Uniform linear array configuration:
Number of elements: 24
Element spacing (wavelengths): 1
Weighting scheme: binomial
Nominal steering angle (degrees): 15
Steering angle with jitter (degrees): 15.161
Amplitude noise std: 0.05
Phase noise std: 0.05

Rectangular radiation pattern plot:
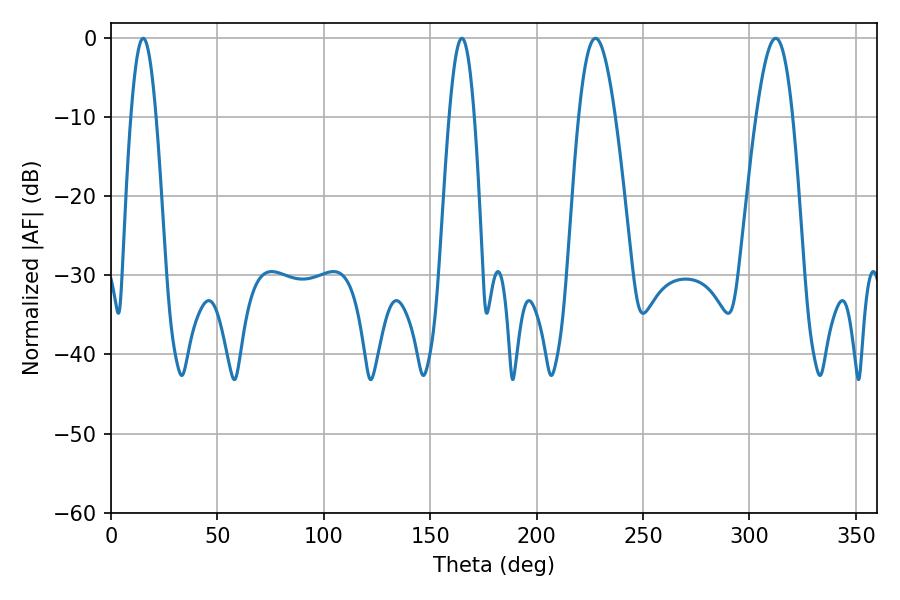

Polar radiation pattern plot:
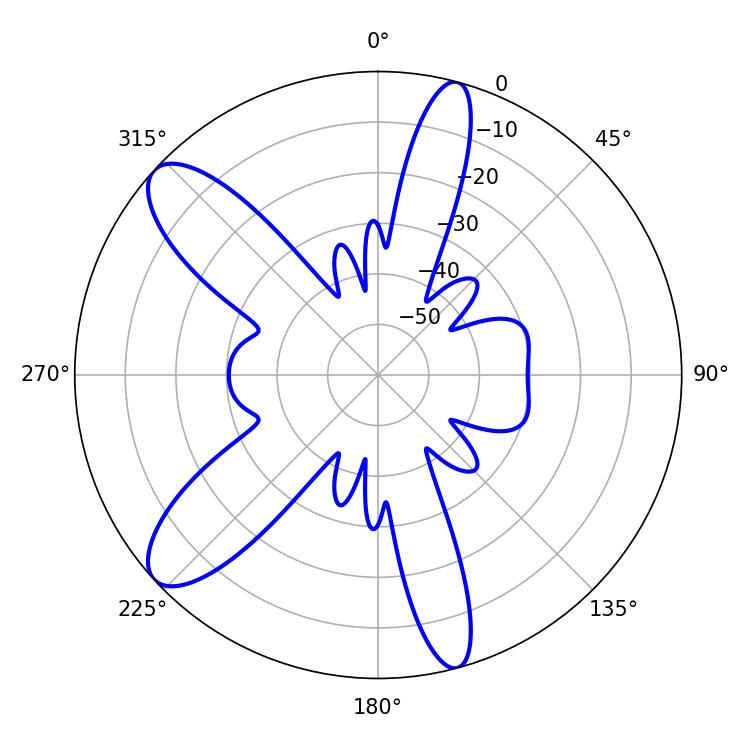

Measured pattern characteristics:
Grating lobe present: TRUE
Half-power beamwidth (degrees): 6.48
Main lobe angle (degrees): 15.12